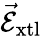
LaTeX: \vec{\mathcal{E}}_{\mathrm{xtl}}